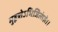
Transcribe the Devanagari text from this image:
मुहूत्र्तेऽभिजित्संज्ञे।।